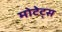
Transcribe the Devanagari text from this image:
मोटेट्स